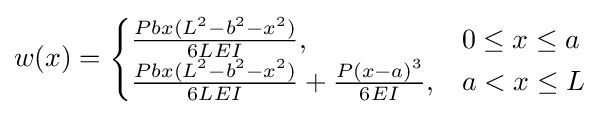
w(x)={\begin{cases}{\tfrac {Pbx(L^{2}-b^{2}-x^{2})}{6LEI}},&0\leq x\leq a\\{\tfrac {Pbx(L^{2}-b^{2}-x^{2})}{6LEI}}+{\tfrac {P(x-a)^{3}}{6EI}},&a<x\leq L\end{cases}}